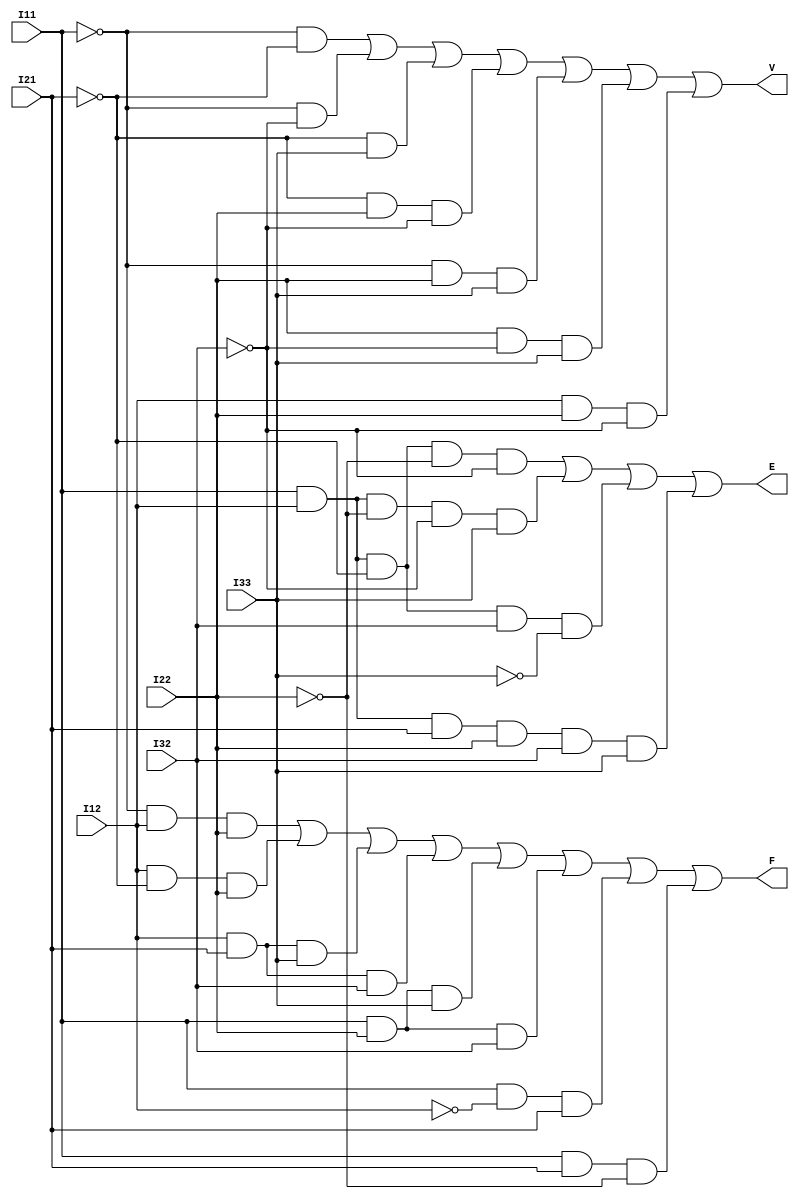
module vaza (input I11,I12,I21,I22,I32,I33, output V,E,F);

	assign V = ((~I11)&(~I21)) | ((~I11)&(~I32)) | ((~I21)&(I33)) | ((~I21)&(I22)&(~I32)) | ((~I11)&(I22)&(I33)) | ((I22)&(~I32)&(I33)) | ((I12)&(I22)&(~I32));
	assign E = ((I11)&(I12)&(~I21)&(~I22)&(~I32)) | ((I11)&(I12)&(~I22)&(~I32)&(I33)) | ((I11)&(I12)&(~I21)&(I32)&(~I33)) | ((I11)&(I12)&(I21)&(I22)&(I32)&(I33));
	assign F = ((~I11)&(I12)&(I22)) | ((I12)&(~I21)&(I22)) | ((I12)&(I21)&(I33)) | ((I12)&(I21)&(I32)) | ((I11)&(I22)&(I33)) | ((I11)&(I22)&(I32)) | ((I11)&(~I12)&(I21)) | ((I11)&(I21)&(~I22));
	
endmodule